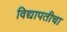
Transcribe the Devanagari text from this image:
विद्यापतीचा